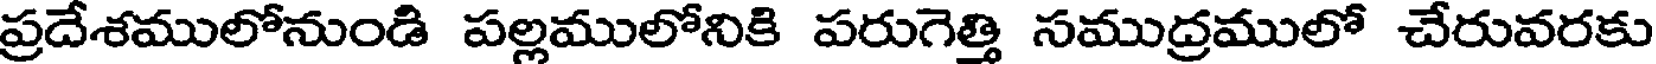
ప్రదేశములోనుండి పల్లములోనికి పరుగెత్తి సముద్రములో చేరువరకు